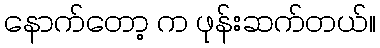
နောက်တော့ က ဖုန်းဆက်တယ်။